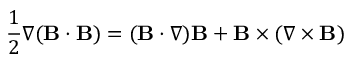
{ \frac { 1 } { 2 } } \nabla ( \mathbf { B } \cdot \mathbf { B } ) = ( \mathbf { B } \cdot \nabla ) \mathbf { B } + \mathbf { B } \times ( \nabla \times \mathbf { B } )